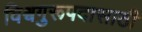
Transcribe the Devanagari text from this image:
विश्वगुरूपदासाठी